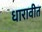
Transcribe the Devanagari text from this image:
धारावीत